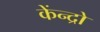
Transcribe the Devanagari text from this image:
केंन्द्रो